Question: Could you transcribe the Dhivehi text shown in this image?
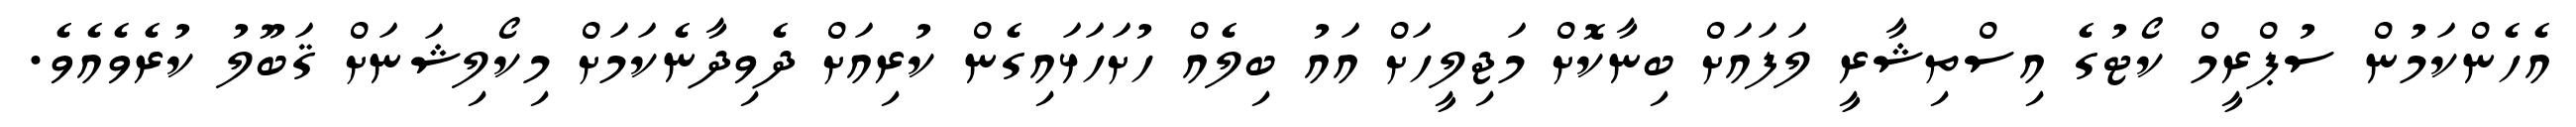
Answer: އެހެންކަމުން ސުޕްރީމް ކޯޓުގެ އިސްތިޝާރީ ލަފައަށް ބިނާކޮށް މަޖިލީހަށް އައު ބިލެއް ހުށަހަޅައިގެން ކުރިއަށް ދެވިދާނެކަމަށް މިކޯލިޝަނަށް ޤަބޫލު ކުރެވެއެވެ.